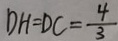
D H = D C = \frac { 4 } { 3 }